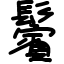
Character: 鬢